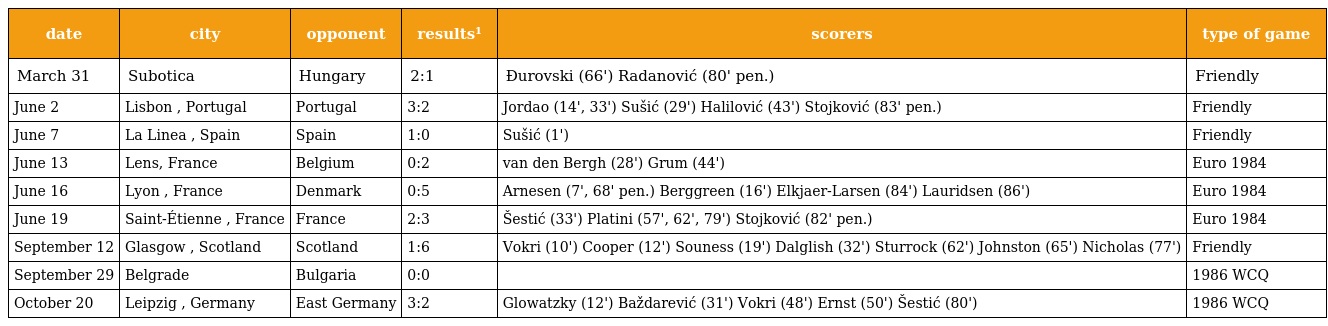
| date | city | opponent | results¹ | scorers | type of game |
 | --- | --- | --- | --- | --- | --- |
 | March 31 | Subotica | Hungary | 2:1 | Đurovski (66') Radanović (80' pen.) | Friendly |
 | June 2 | Lisbon , Portugal | Portugal | 3:2 | Jordao (14', 33') Sušić (29') Halilović (43') Stojković (83' pen.) | Friendly |
 | June 7 | La Linea , Spain | Spain | 1:0 | Sušić (1') | Friendly |
 | June 13 | Lens, France | Belgium | 0:2 | van den Bergh (28') Grum (44') | Euro 1984 |
 | June 16 | Lyon , France | Denmark | 0:5 | Arnesen (7', 68' pen.) Berggreen (16') Elkjaer-Larsen (84') Lauridsen (86') | Euro 1984 |
 | June 19 | Saint-Étienne , France | France | 2:3 | Šestić (33') Platini (57', 62', 79') Stojković (82' pen.) | Euro 1984 |
 | September 12 | Glasgow , Scotland | Scotland | 1:6 | Vokri (10') Cooper (12') Souness (19') Dalglish (32') Sturrock (62') Johnston (65') Nicholas (77') | Friendly |
 | September 29 | Belgrade | Bulgaria | 0:0 |  | 1986 WCQ |
 | October 20 | Leipzig , Germany | East Germany | 3:2 | Glowatzky (12') Baždarević (31') Vokri (48') Ernst (50') Šestić (80') | 1986 WCQ |